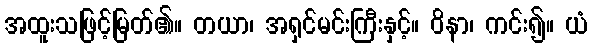
အထူးသဖြင့်မြတ်၏။ တယာ၊ အရှင်မင်းကြီးနှင့်။ ဝိနာ၊ ကင်း၍။ ယံ